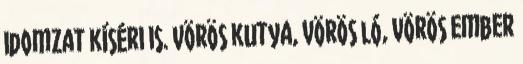
idomzat kíséri is. Vörös kutya, vörös ló, vörös ember